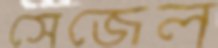
সেজেল